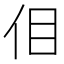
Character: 𪜮